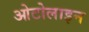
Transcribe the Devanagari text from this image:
ओटोलाइन